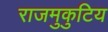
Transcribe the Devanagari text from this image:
राजमुकुटिय